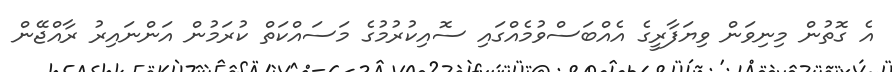
އެ ގޮތުން މިނިވަން ވިޔަފާރީގެ އެއްބަސްވުމެއްގައި ސޮއިކުރުމުގެ މަސައްކަތް ކުރަމުން އަންނައިރު ރާއްޖޭން